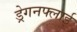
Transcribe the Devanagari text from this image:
ड्रेगनफ्लाई